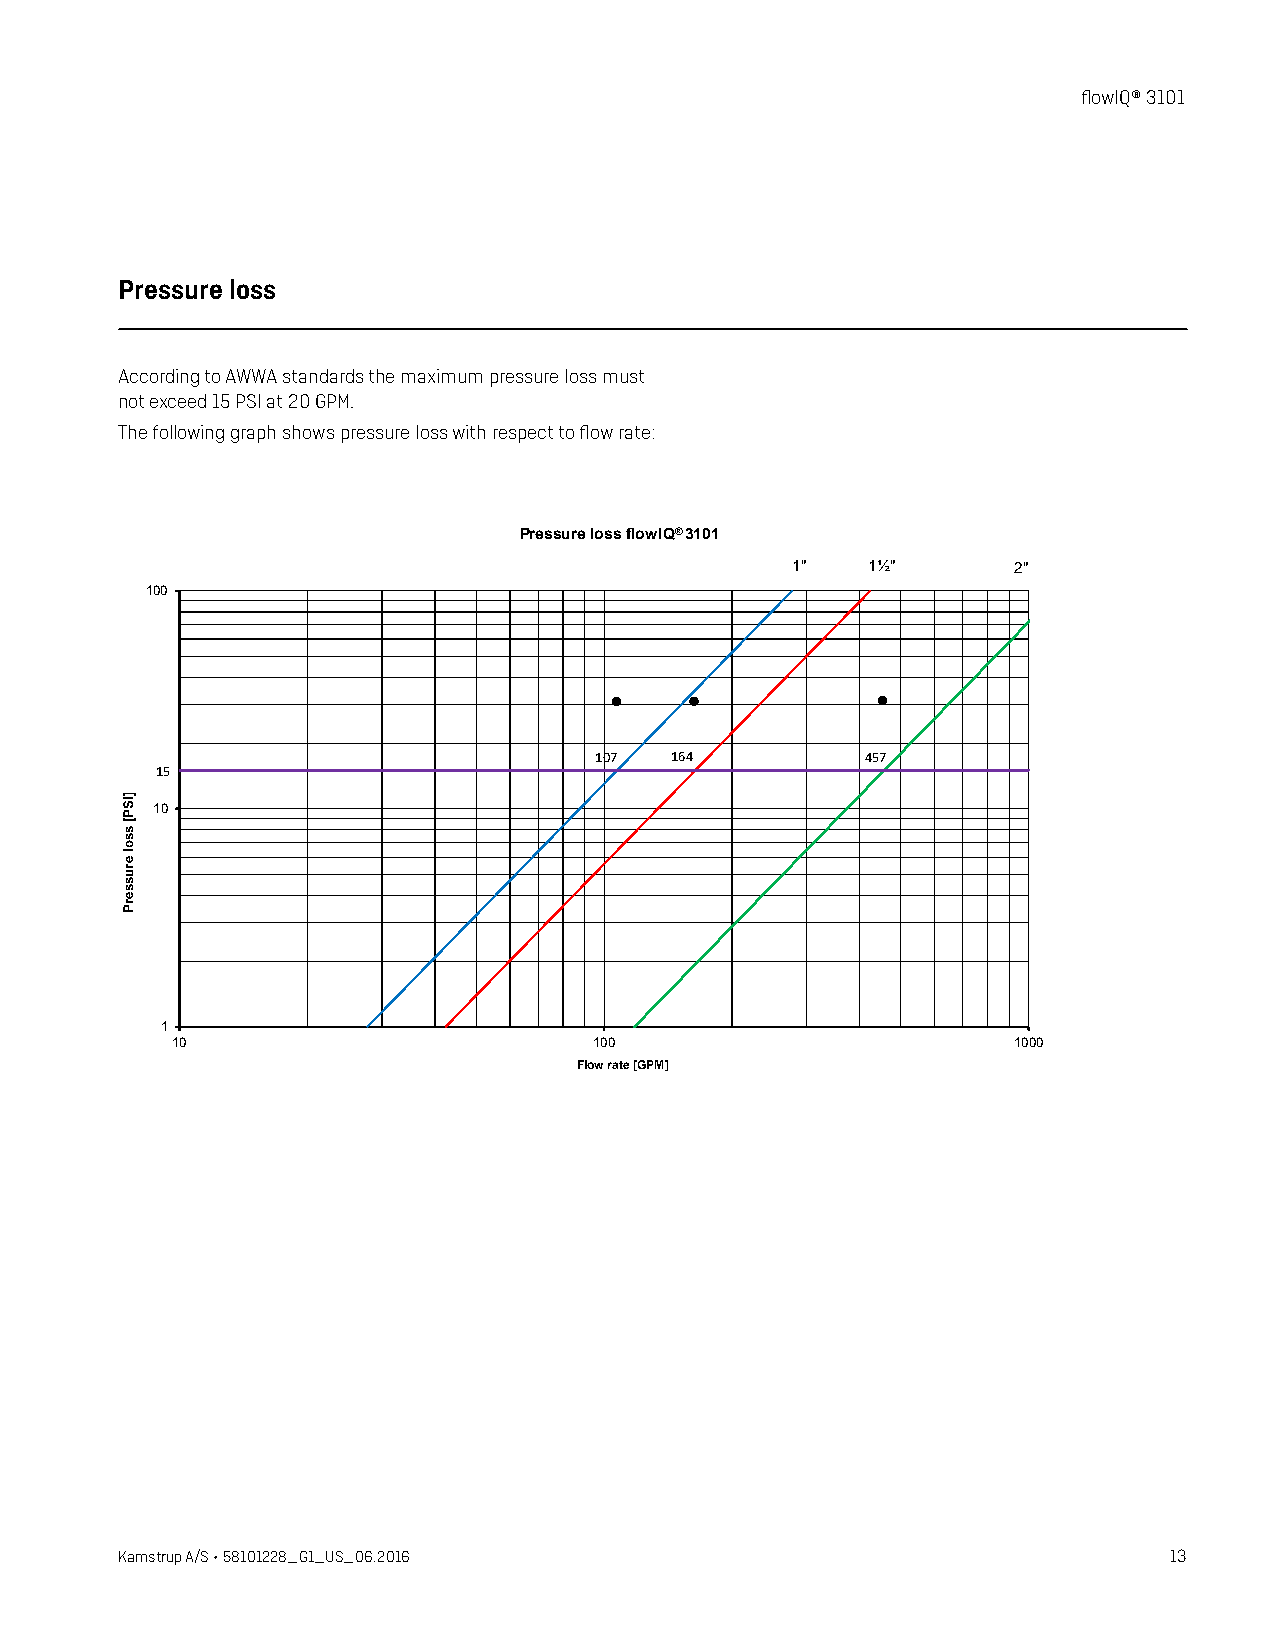
flowIQ® 3101
 Pressure loss
 According to AWWA standards the maximum pressure loss must
 not exceed 15 PSI at 20 GPM.
 The following graph shows pressure loss with respect to flow rate:
 Trykfald for flowIQ3101.xls Pressure loss flowIQ 3101
 Pressure loss flowIQ® 3101
 1"   1½"       2"
 100
 107  164          457
 15
 10
 1
 10                          100                         1000
 Flow rate [GPM]
 Kamstrup A/S • 58101228_G1_US_06.2016                                13
 ]ISP[
 ssol
 erusserP